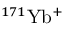
{ } ^ { 1 7 1 } \mathrm { Y b ^ { + } }